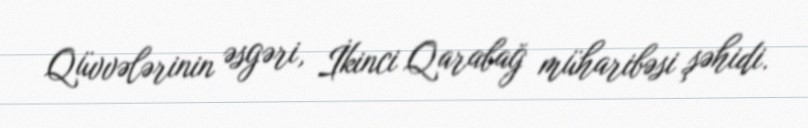
Qüvvələrinin əsgəri, İkinci Qarabağ müharibəsi şəhidi.